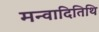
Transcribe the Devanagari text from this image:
मन्वादितिथि